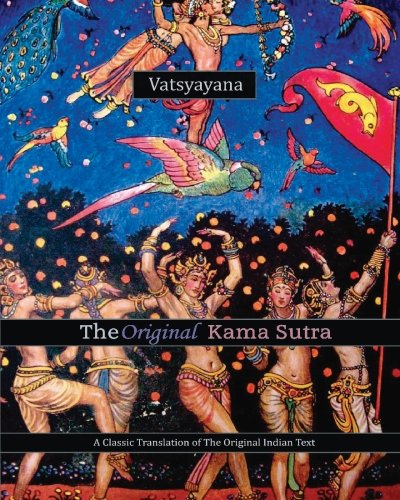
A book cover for The Original Kama Sutra; Vatsyayana; Religion & Spirituality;